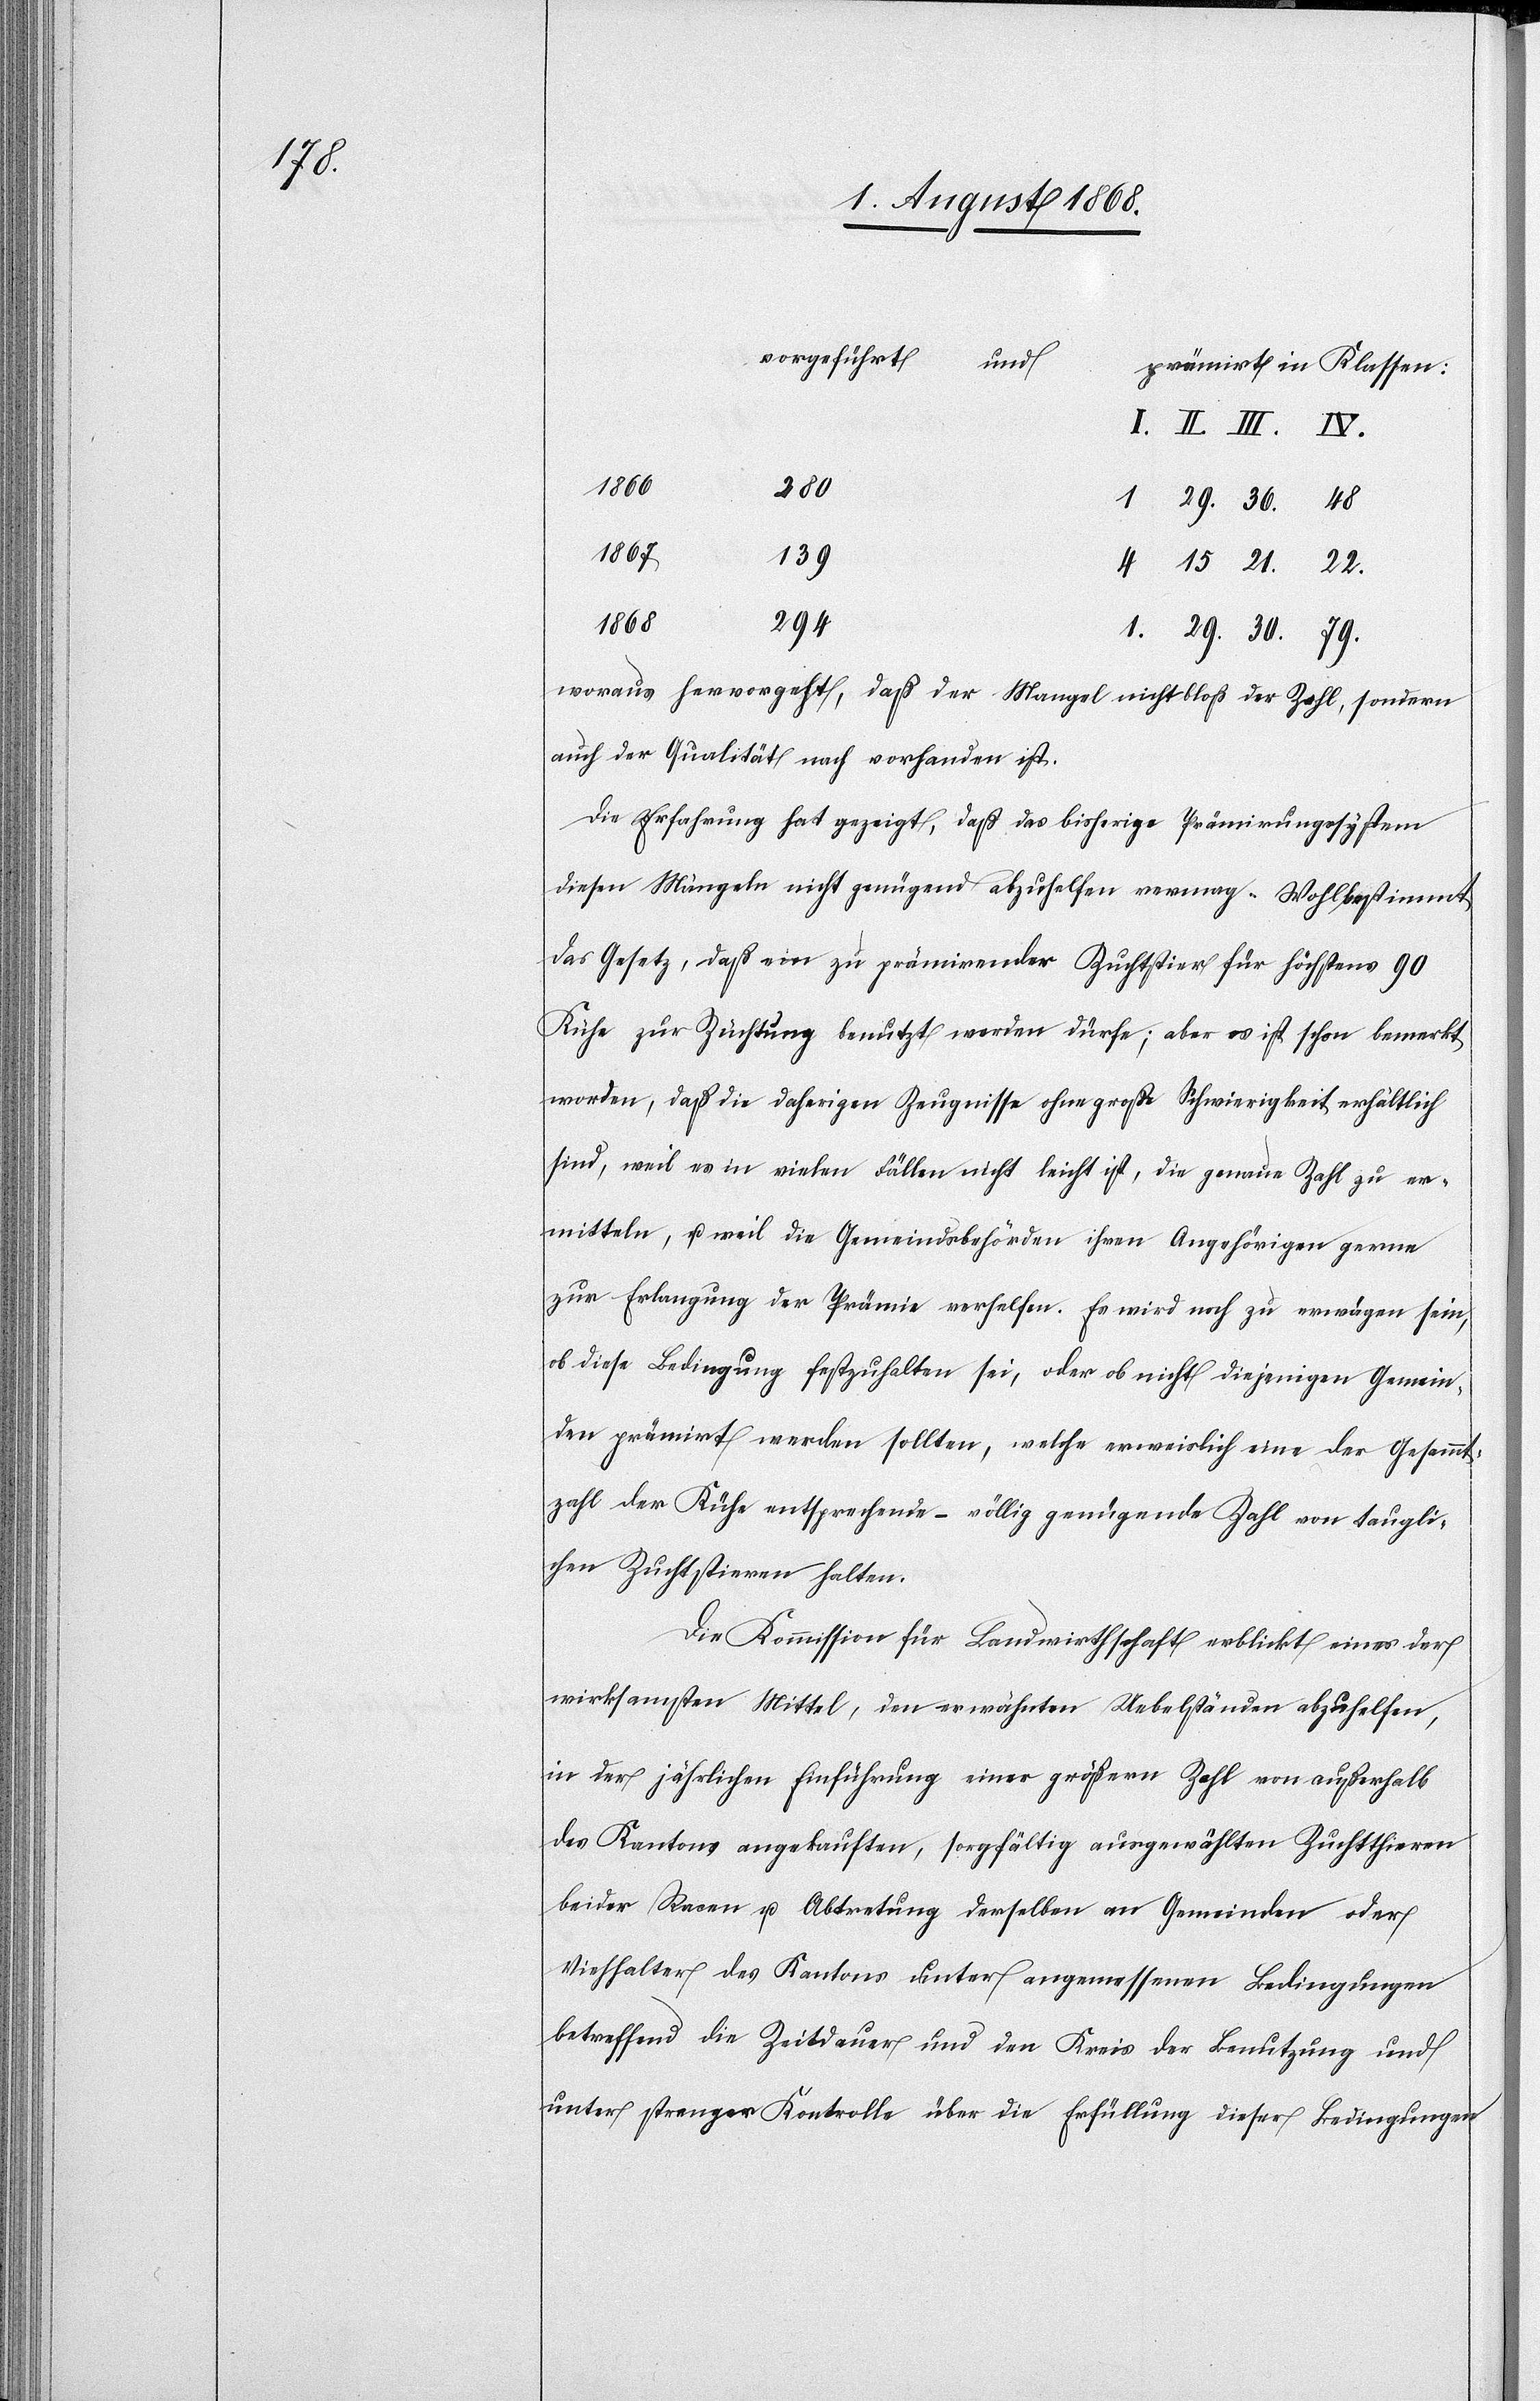
79.

prämirt in Klassen:
1866
30.
1867
139
29.
1868
woraus hervorgeht, daß der Mangel nicht bloß der Zahl, sondern
auch der Qualität nach vorhanden ist.
Die Erfahrung hat gezeigt, daß das bisherige Prämirungssystem
diesen Mängeln nicht genügend abzuhelfen vermag. Wohl bestimmt
das Gesetz, daß ein zu prämirender Zuchtstier für höchstens 90
Kühe zur Züchtung benutzt werden dürfe; aber es ist schon bemerkt
worden, daß die daherigen Zeugnisse ohne große Schwierigkeit erhältlich
sind, weil es in vielen Fällen nicht leicht ist, die genaue Zahl zu er¬
mitteln, u. weil die Gemeindsbehörden ihren Angehörigen gerne
zur Erlangung der Prämie verhelfen. Es wird noch zu erwägen sein,
ob diese Bedingung festzuhalten sei, oder ob nicht diejenigen Gemein¬
den prämirt werden sollten, welche erweislich eine der Gesammt¬
zahl der Kühe entsprechende – völlig genügende Zahl von taugli¬
chen Zuchtstieren halten.
Die Kommission für Landwirthschaft erblickt eines der
wirksamsten Mittel, den erwähnten Uebelständen abzuhelfen,
in der jährlichen Einführung einer größern Zahl von außerhalb
des Kantons angekauften, sorgfältig ausgewählten Zuchtthieren
beider Racen u. Abtretung derselben an Gemeinden oder
Viehhalter des Kantons unter angemessenen Bedingungen
betreffend die Zeitdauer und den Kreis der Benutzung und
unter strenger Kontrolle über die Erfüllung dieser Bedingungen